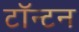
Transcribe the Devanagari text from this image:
टॉन्टन